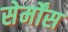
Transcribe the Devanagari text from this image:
सेर्मोंस